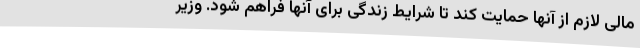
مالی لازم از آنها حمایت کند تا شرایط زندگی برای آنها فراهم شود. وزیر